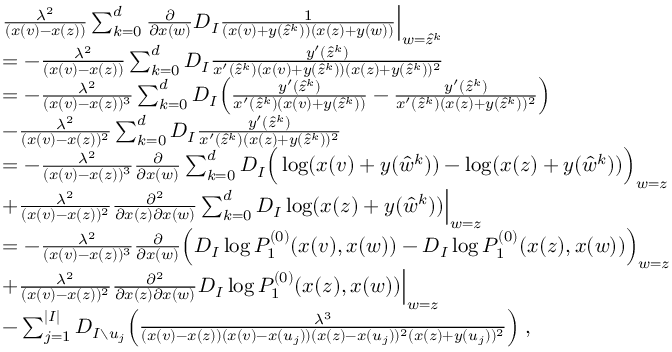
\begin{array} { r l } & { \frac { \lambda ^ { 2 } } { ( x ( v ) - x ( z ) ) } \sum _ { k = 0 } ^ { d } \frac { \partial } { \partial x ( w ) } D _ { I } \frac { 1 } { ( x ( v ) + y ( \hat { z } ^ { k } ) ) ( x ( z ) + y ( w ) ) } \Big | _ { w = \hat { z } ^ { k } } } \\ & { = - \frac { \lambda ^ { 2 } } { ( x ( v ) - x ( z ) ) } \sum _ { k = 0 } ^ { d } D _ { I } \frac { y ^ { \prime } ( \hat { z } ^ { k } ) } { x ^ { \prime } ( \hat { z } ^ { k } ) ( x ( v ) + y ( \hat { z } ^ { k } ) ) ( x ( z ) + y ( \hat { z } ^ { k } ) ) ^ { 2 } } } \\ & { = - \frac { \lambda ^ { 2 } } { ( x ( v ) - x ( z ) ) ^ { 3 } } \sum _ { k = 0 } ^ { d } D _ { I } \Big ( \frac { y ^ { \prime } ( \hat { z } ^ { k } ) } { x ^ { \prime } ( \hat { z } ^ { k } ) ( x ( v ) + y ( \hat { z } ^ { k } ) ) } - \frac { y ^ { \prime } ( \hat { z } ^ { k } ) } { x ^ { \prime } ( \hat { z } ^ { k } ) ( x ( z ) + y ( \hat { z } ^ { k } ) ) ^ { 2 } } \Big ) } \\ & { - \frac { \lambda ^ { 2 } } { ( x ( v ) - x ( z ) ) ^ { 2 } } \sum _ { k = 0 } ^ { d } D _ { I } \frac { y ^ { \prime } ( \hat { z } ^ { k } ) } { x ^ { \prime } ( \hat { z } ^ { k } ) ( x ( z ) + y ( \hat { z } ^ { k } ) ) ^ { 2 } } } \\ & { = - \frac { \lambda ^ { 2 } } { ( x ( v ) - x ( z ) ) ^ { 3 } } \frac { \partial } { \partial x ( w ) } \sum _ { k = 0 } ^ { d } D _ { I } \Big ( \log ( x ( v ) + y ( \hat { w } ^ { k } ) ) - \log ( x ( z ) + y ( \hat { w } ^ { k } ) ) \Big ) _ { w = z } } \\ & { + \frac { \lambda ^ { 2 } } { ( x ( v ) - x ( z ) ) ^ { 2 } } \frac { \partial ^ { 2 } } { \partial x ( z ) \partial x ( w ) } \sum _ { k = 0 } ^ { d } D _ { I } \log ( x ( z ) + y ( \hat { w } ^ { k } ) ) \Big | _ { w = z } } \\ & { = - \frac { \lambda ^ { 2 } } { ( x ( v ) - x ( z ) ) ^ { 3 } } \frac { \partial } { \partial x ( w ) } \Big ( D _ { I } \log P _ { 1 } ^ { ( 0 ) } ( x ( v ) , x ( w ) ) - D _ { I } \log P _ { 1 } ^ { ( 0 ) } ( x ( z ) , x ( w ) ) \Big ) _ { w = z } } \\ & { + \frac { \lambda ^ { 2 } } { ( x ( v ) - x ( z ) ) ^ { 2 } } \frac { \partial ^ { 2 } } { \partial x ( z ) \partial x ( w ) } D _ { I } \log P _ { 1 } ^ { ( 0 ) } ( x ( z ) , x ( w ) ) \Big | _ { w = z } } \\ & { - \sum _ { j = 1 } ^ { | I | } D _ { I \setminus u _ { j } } \Big ( \frac { \lambda ^ { 3 } } { ( x ( v ) - x ( z ) ) ( x ( v ) - x ( u _ { j } ) ) ( x ( z ) - x ( u _ { j } ) ) ^ { 2 } ( x ( z ) + y ( u _ { j } ) ) ^ { 2 } } \Big ) \; , } \end{array}